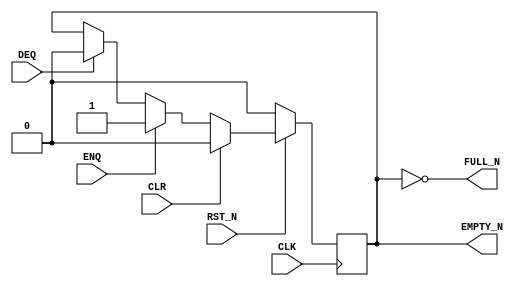
// Copyright 2000--2008 Bluespec, Inc.  All rights reserved.

`ifdef BSV_ASSIGNMENT_DELAY
`else
`define BSV_ASSIGNMENT_DELAY
`endif


// Depth 1 FIFO data size 0!
module FIFO10(CLK, 
              RST_N, 
              ENQ, 
              FULL_N, 
              DEQ, 
              EMPTY_N, 
              CLR
              );
   // synopsys template   

   parameter guarded = 1;

   input                  CLK;
   input                  RST_N;
   input                  ENQ;
   input                  DEQ;
   input                  CLR ;

   output                 FULL_N;
   output                 EMPTY_N;

   reg                    empty_reg ;

   assign                 EMPTY_N = empty_reg ;
   
`ifdef BSV_NO_INITIAL_BLOCKS
`else // not BSV_NO_INITIAL_BLOCKS
   // synopsys translate_off
   initial 
     begin
        empty_reg = 1'b0;
     end // initial begin
   // synopsys translate_on
`endif // BSV_NO_INITIAL_BLOCKS

   
   assign FULL_N = !empty_reg;

   always@(posedge CLK /* or negedge RST_N */)
     begin
        if (!RST_N)
          begin
             empty_reg <= `BSV_ASSIGNMENT_DELAY 1'b0;
          end // if (RST_N == 0)        
        else
           begin
              if (CLR)
                begin
                   empty_reg <= `BSV_ASSIGNMENT_DELAY 1'b0;
                end
              else if (ENQ)
                begin
                   empty_reg <= `BSV_ASSIGNMENT_DELAY 1'b1;
                end
              else if (DEQ)
                begin
                   empty_reg <= `BSV_ASSIGNMENT_DELAY 1'b0;
                end // if (DEQ)
           end // else: !if(RST_N == 0)
     end // always@ (posedge CLK or negedge RST_N)
   
   // synopsys translate_off
   always@(posedge CLK)
     begin: error_checks
        reg deqerror, enqerror ;
        
        deqerror =  0;
        enqerror = 0;
        if ( RST_N )
           begin
              if ( ! empty_reg && DEQ )
                begin
                   deqerror = 1 ;             
                   $display( "Warning: FIFO10: %m -- Dequeuing from empty fifo" ) ;
                end
              if ( ! FULL_N && ENQ && (!DEQ || guarded) )
                begin
                   enqerror =  1 ;             
                   $display( "Warning: FIFO10: %m -- Enqueuing to a full fifo" ) ;
                end
           end // if ( RST_N )
     end
   // synopsys translate_on

endmodule